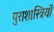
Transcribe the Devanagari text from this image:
पुराशास्त्रियों